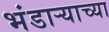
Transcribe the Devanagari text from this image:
भंडार्‍याच्या